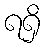
ရရှိ